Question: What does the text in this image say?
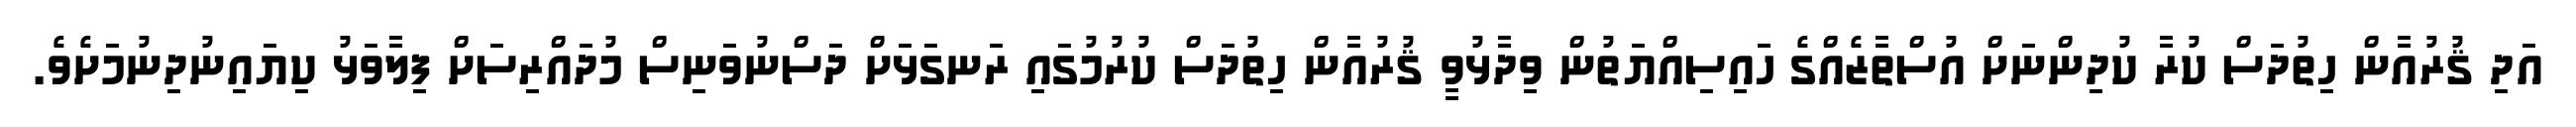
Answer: އަދި ޤުރުއާން ހިތުދަސް ކުރާ ކުދިންނަށް އުސްތާޒެއްގެ ހައިސިއްޔަތުން ވިދާޅުވީ ޤުރުއާން ހިތުދަސް ކުރުމުގައި ރަނގަޅަށް ދަސްނުވަނިސް މުދައްރިސަށް ފިލާވަޅު ކިޔައިނުދިނުމަށެވެ.